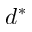
d ^ { \ast }